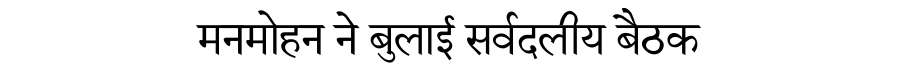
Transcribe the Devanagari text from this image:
मनमोहन ने बुलाई सर्वदलीय बैठक